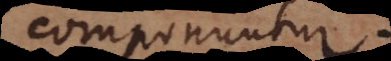
componuntur.